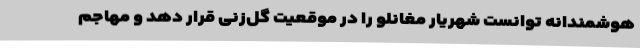
هوشمندانه توانست شهریار مغانلو را در موقعیت گل‌زنی قرار دهد و مهاجم